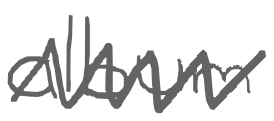
Text: album
Cross-out: zig-zag
Writing tool: digital_gray